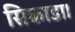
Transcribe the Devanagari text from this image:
सिकाडा।